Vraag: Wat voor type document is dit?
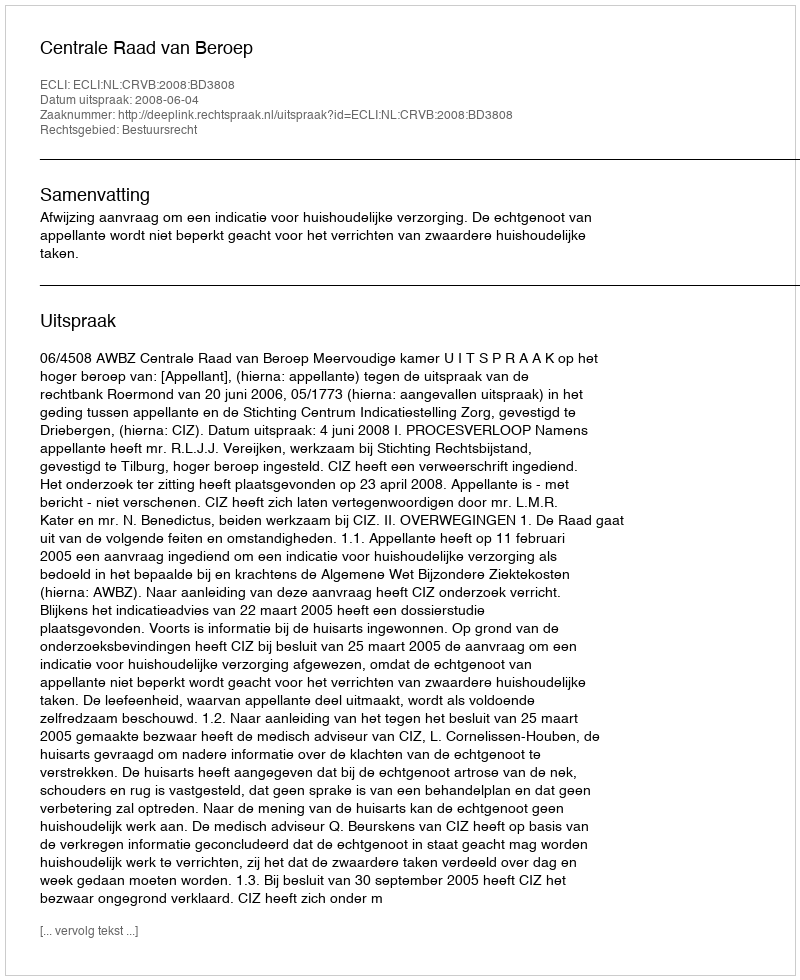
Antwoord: Uitspraak